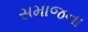
સમાજના